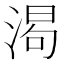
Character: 𬈌